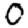
Digit: 0